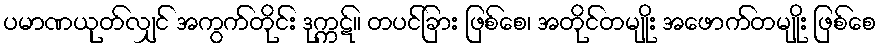
ပမာဏယုတ်လျှင် အကွက်တိုင်း ဒုက္ကဋ်။ တပင်ခြား ဖြစ်စေ၊ အတိုင်တမျိုး အဖောက်တမျိုး ဖြစ်စေ